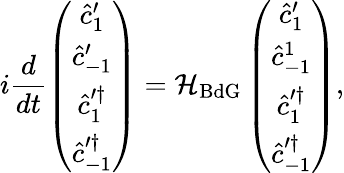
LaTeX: i\frac{d}{dt}\left(\begin{array}{c}{\hat{c}_{1}^{\prime}}\\ {\hat{c}_{-1}^{\prime}}\\ {\hat{c}_{1}^{\prime\dagger}}\\ {\hat{c}_{-1}^{\prime\dagger}}\end{array}\right)=\mathcal{H}_{\mathrm{BdG}}\left(\begin{array}{c}{\hat{c}_{1}^{\prime}}\\ {\hat{c}_{-1}^{1}}\\ {\hat{c}_{1}^{\prime\dagger}}\\ {\hat{c}_{-1}^{\prime\dagger}}\end{array}\right),